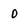
Character: O